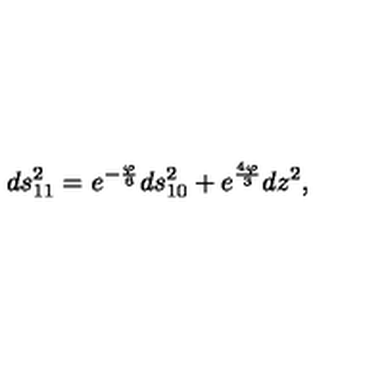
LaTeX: d s _ { 1 1 } ^ { 2 } = e ^ { - \frac { \varphi } { 6 } } d s _ { 1 0 } ^ { 2 } + e ^ { \frac { 4 \varphi } { 3 } } d z ^ { 2 } ,